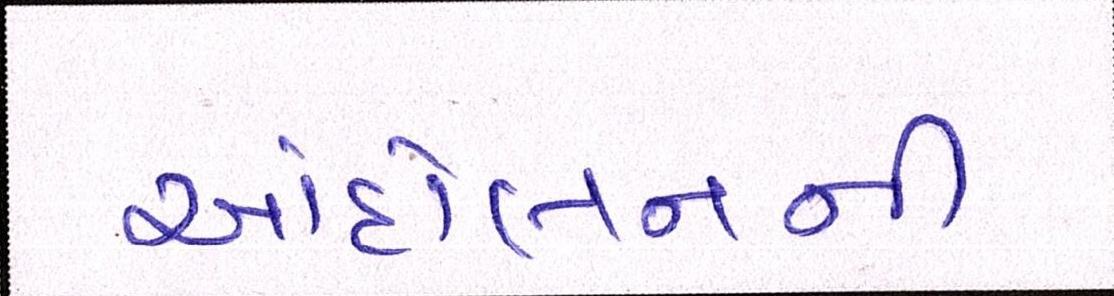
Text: આંદોલનની